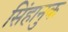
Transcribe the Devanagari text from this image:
सिंहानुक